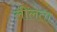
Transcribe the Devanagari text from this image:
लीलता